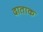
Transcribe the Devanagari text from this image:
दाताक